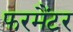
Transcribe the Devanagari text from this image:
फरमैंटर